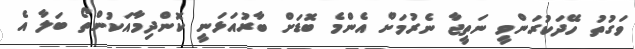
ވަގުތު ހޭދަކުރަންވީ ނަތީޖާ ނެރުމަށް އެންމެ ބޮޑަށް ބާރުއަޅަނީ ކޮންދިމާއަކުންތޯ ބަލާ އެ